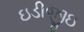
ઇડીજીઇ